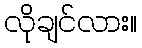
လိုချင်လား။